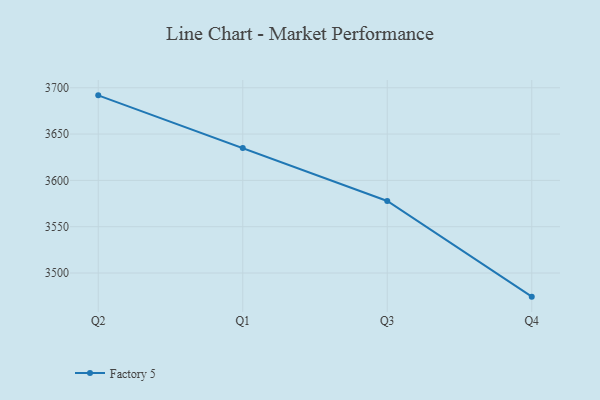
{"axis": {"x": "Quarter", "y": "Inventory Turnover"}, "legend": ["Factory 5"], "data": [{"x": "Q2", "y": 3691.8, "type": "Factory 5"}, {"x": "Q1", "y": 3635.0, "type": "Factory 5"}, {"x": "Q3", "y": 3577.8, "type": "Factory 5"}, {"x": "Q4", "y": 3474.5, "type": "Factory 5"}]}